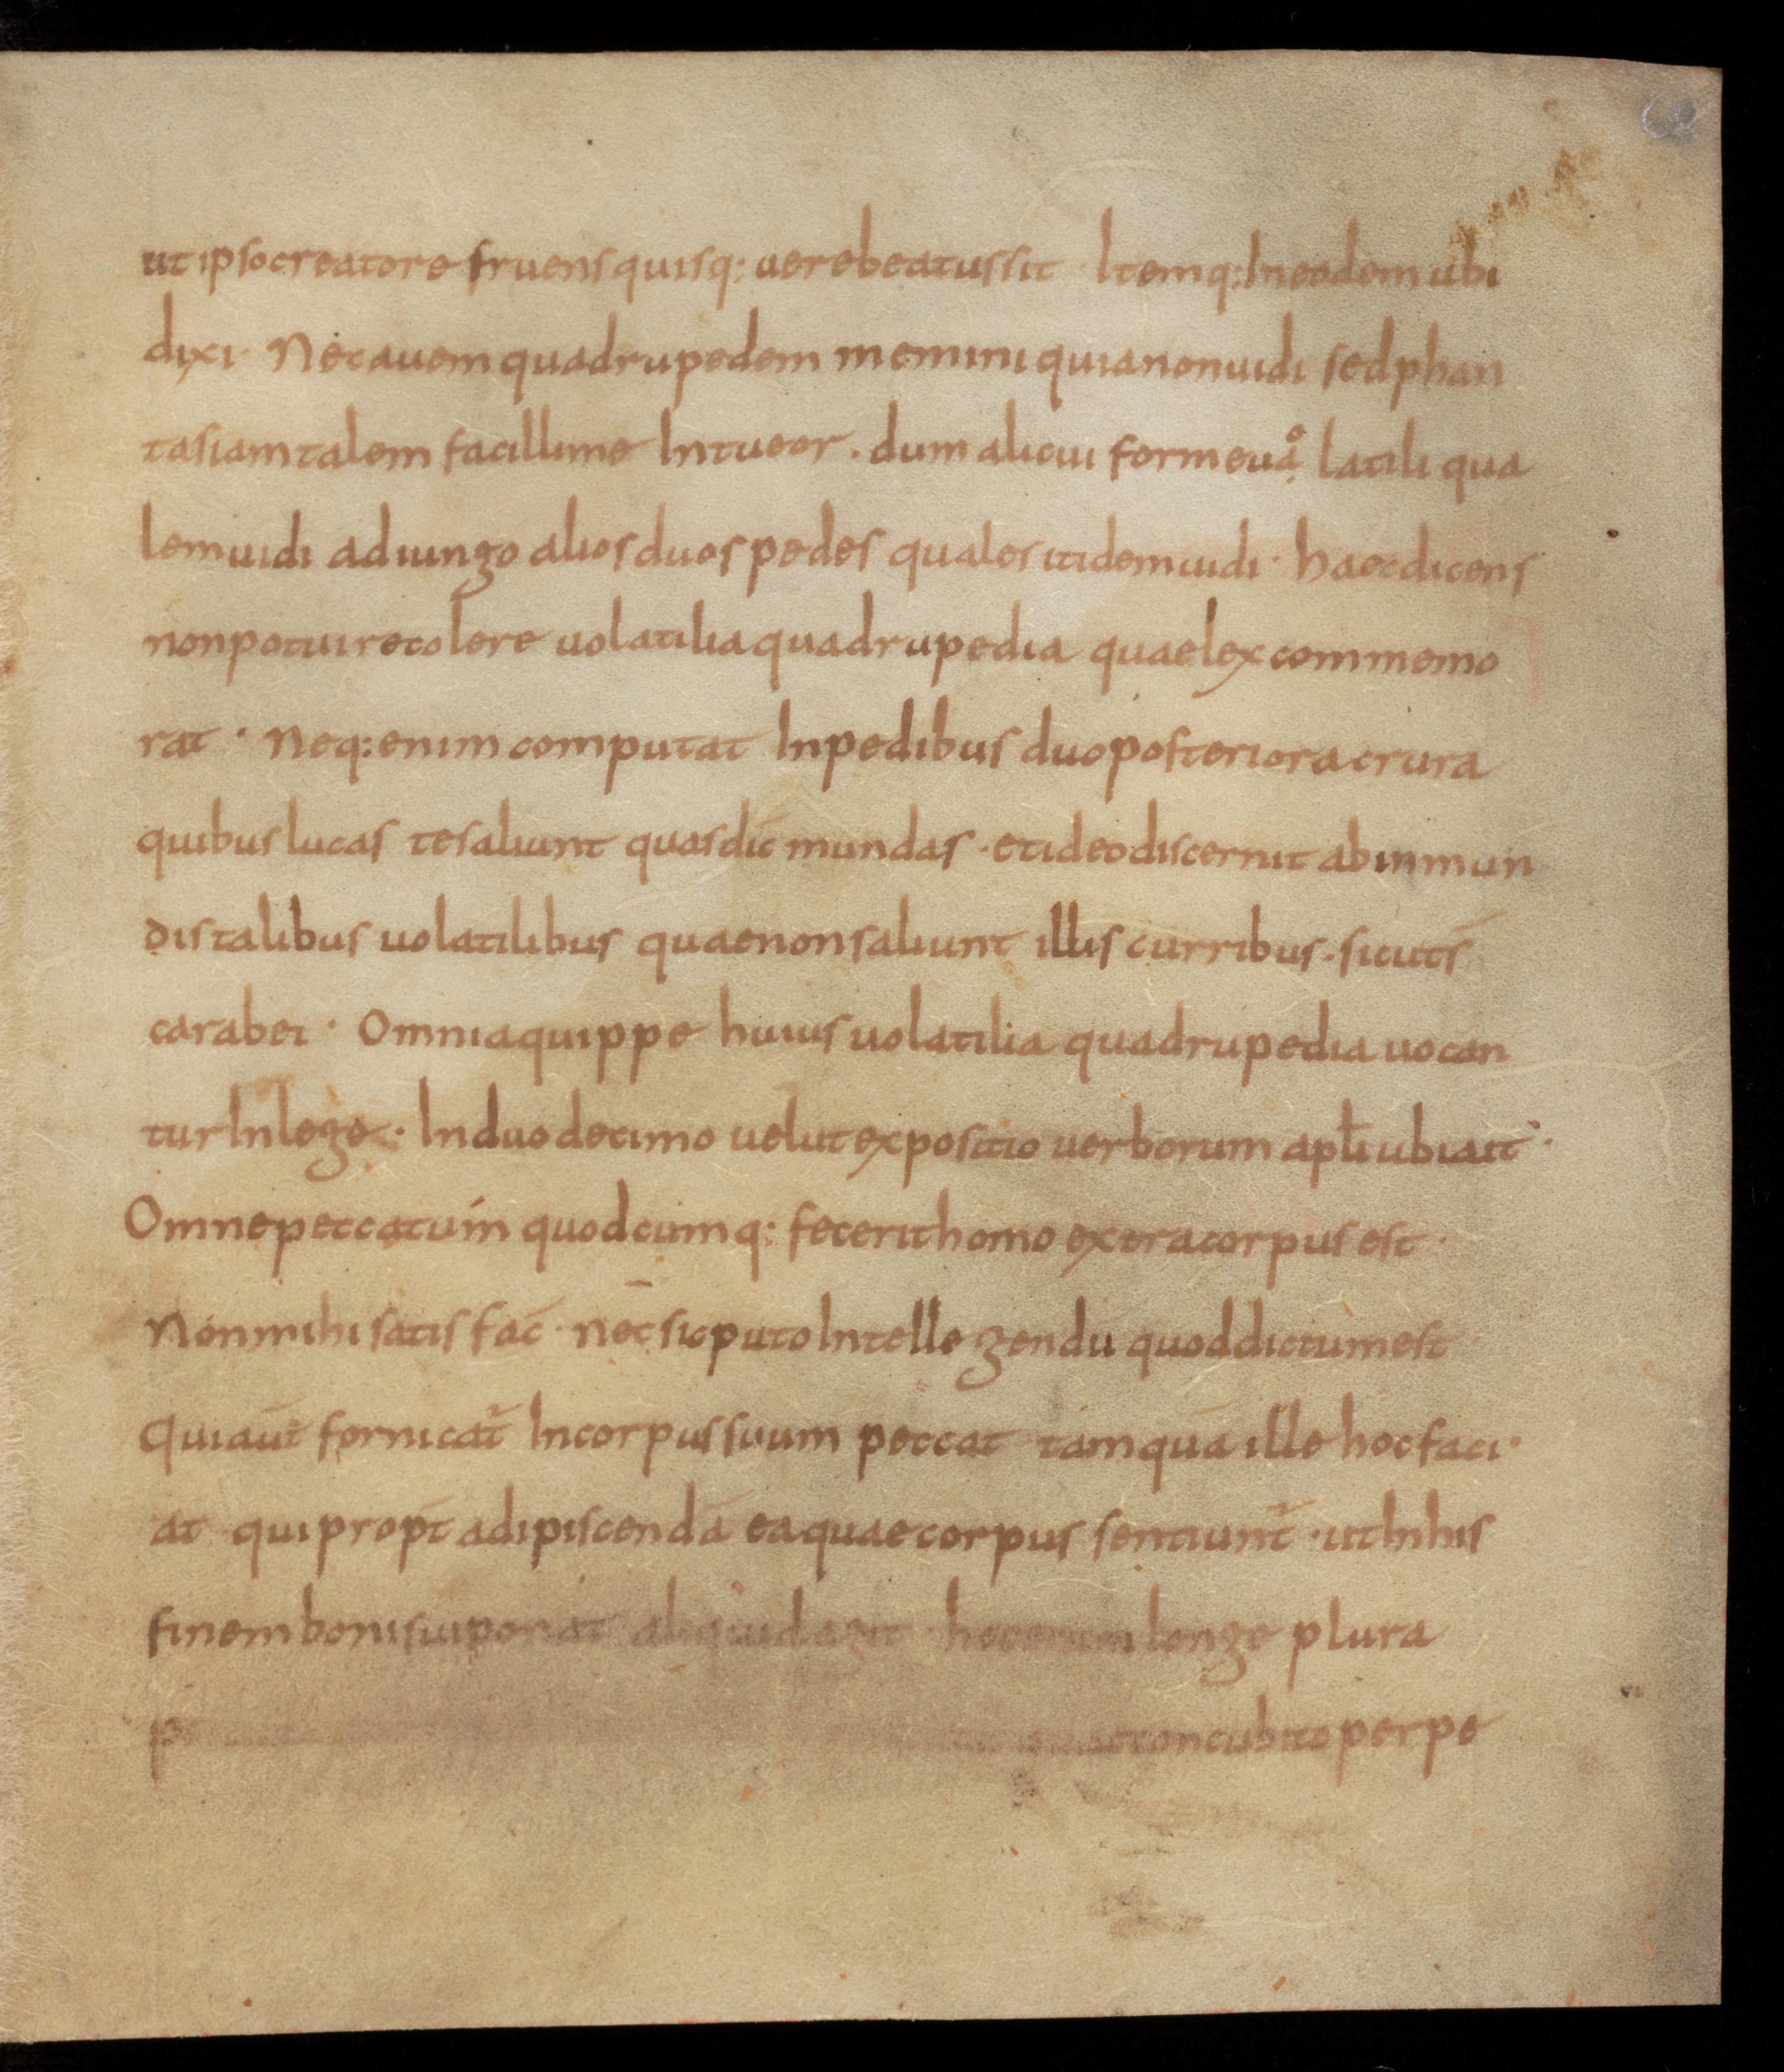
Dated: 850–899